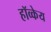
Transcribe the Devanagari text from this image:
हॉव्केय